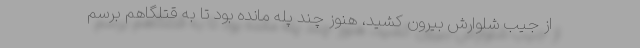
از جیب شلوارش بیرون کشید، هنوز چند پله مانده بود تا به قتلگاهم برسم